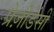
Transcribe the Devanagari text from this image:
प्रेज़ीडेंसी